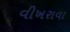
વીખરાવા